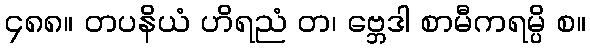
၄၈၈။ တပနိယံ ဟိရညံ တ၊ ဗ္ဘေဒါ စာမီကရမ္ပိ စ။